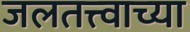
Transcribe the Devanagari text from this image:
जलतत्त्वाच्या